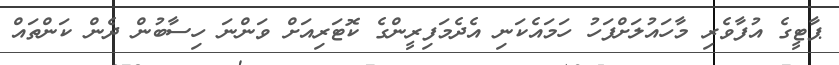
ޕާޓީގެ އުފާވެރި މާހައުލަށްފަހު ހަމައެކަނި އެދެމަފިރީންގެ ކޮޓަރިއަށް ވަންނަ ހިސާބުން ދެން ކަންތައް